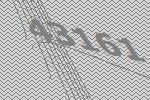
43161